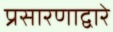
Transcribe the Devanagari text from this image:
प्रसारणाद्वारे